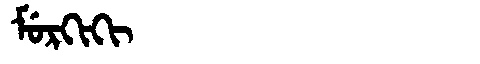
Manchu: ᠮᡠᡵᡴᡳᡴᡳ
Romanization: MURKIKI